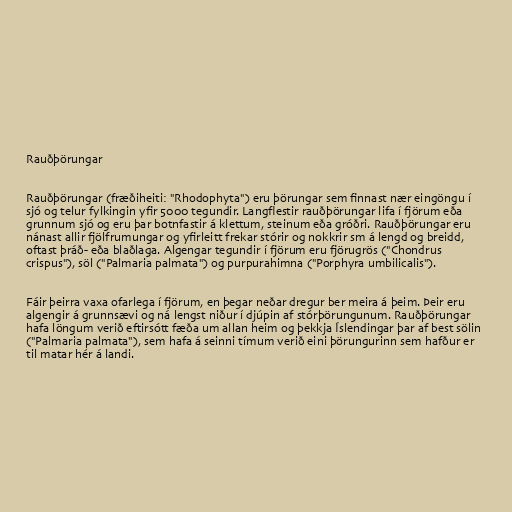
Rauðþörungar

Rauðþörungar (fræðiheiti: "Rhodophyta") eru þörungar sem finnast nær eingöngu í
sjó og telur fylkingin yfir 5000 tegundir. Langflestir rauðþörungar lifa í fjörum eða
grunnum sjó og eru þar botnfastir á klettum, steinum eða gróðri. Rauðþörungar eru
nánast allir fjölfrumungar og yfirleitt frekar stórir og nokkrir sm á lengd og breidd,
oftast þráð- eða blaðlaga. Algengar tegundir í fjörum eru fjörugrös ("Chondrus
crispus"), söl ("Palmaria palmata") og purpurahimna ("Porphyra umbilicalis").

Fáir þeirra vaxa ofarlega í fjörum, en þegar neðar dregur ber meira á þeim. Þeir eru
algengir á grunnsævi og ná lengst niður í djúpin af stórþörungunum. Rauðþörungar
hafa löngum verið eftirsótt fæða um allan heim og þekkja Íslendingar þar af best sölin
("Palmaria palmata"), sem hafa á seinni tímum verið eini þörungurinn sem hafður er
til matar hér á landi.